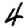
Digit: 4